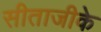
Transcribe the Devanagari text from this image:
सीताजीके